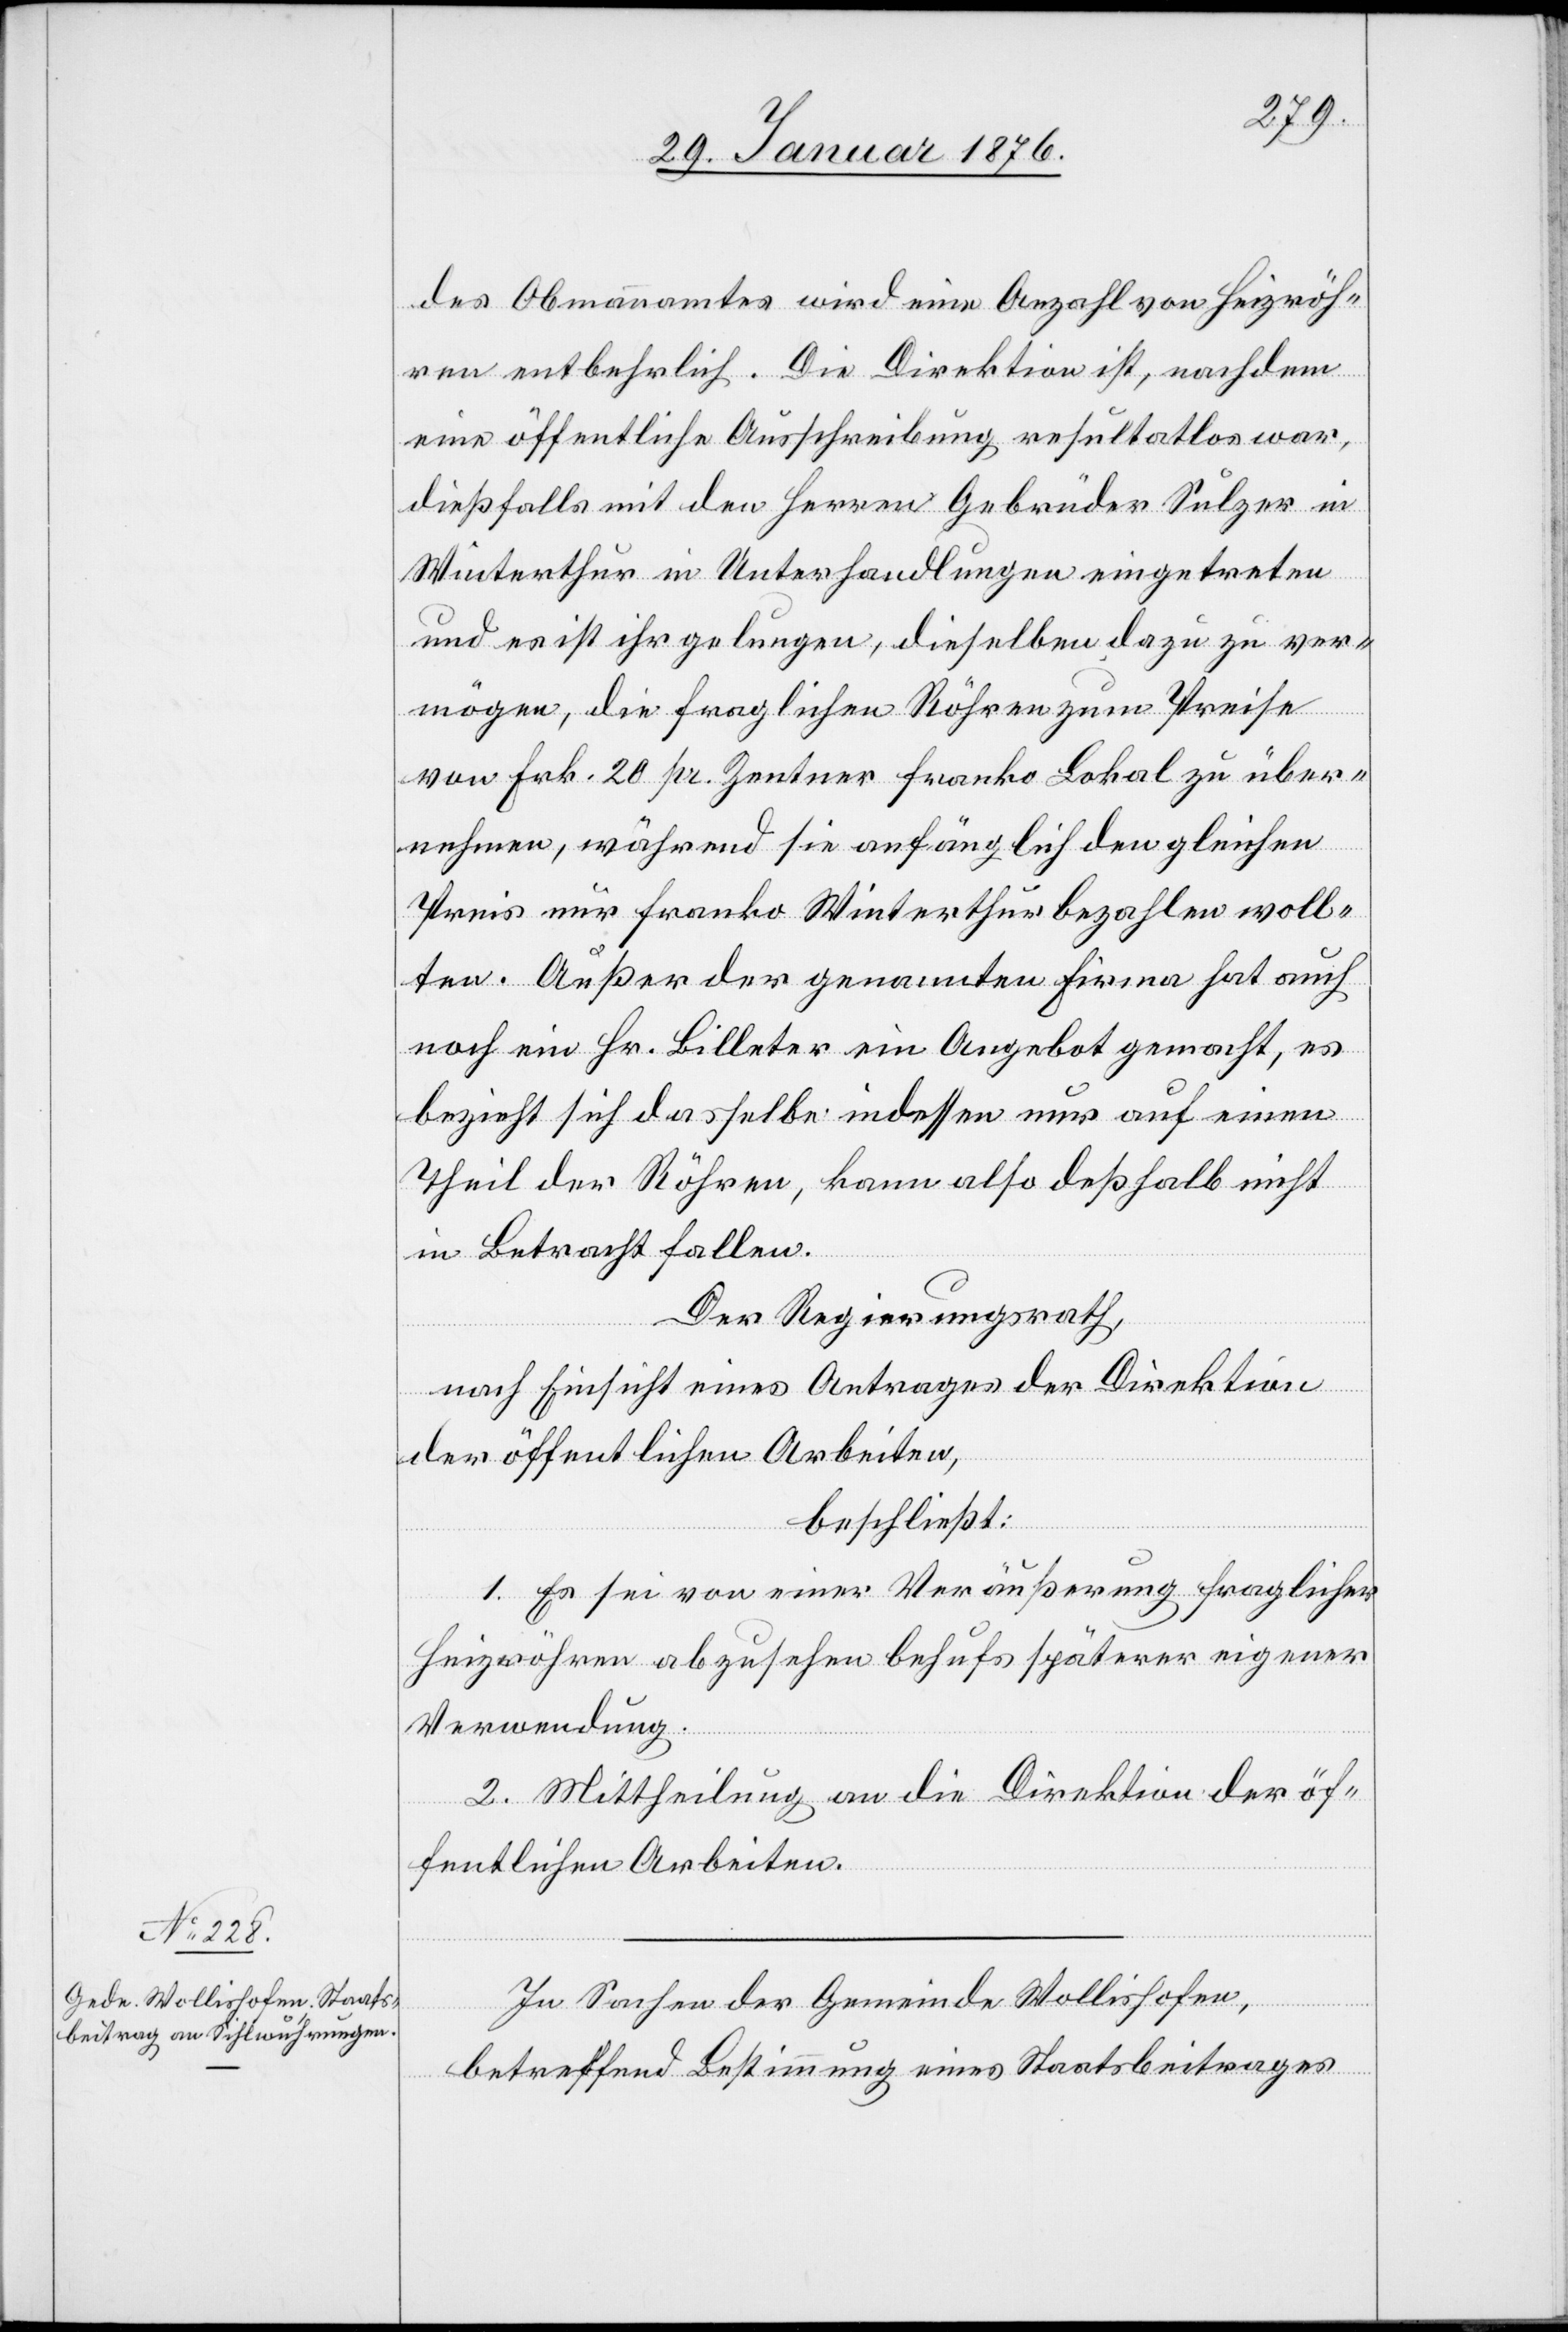
des Obmannamtes wird eine Anzahl von Heizröh¬
ren entbehrlich. Die Direktion ist, nachdem
eine öffentliche Ausschreibung resultatlos war,
dießfalls mit den Herren Gebrüder Sulzer in
Winterthur in Unterhandlung eingetreten
und es ist ihr gelungen, dieselben dazu zu ver¬
mögen, die fraglichen Röhren zum Preise
von Frk. 20 pr. Zentner franko Lokal zu über¬
nehmen, während sie anfänglich den gleichen
Preis nur franko Winterthur bezahlen woll¬
ten. Außer der genannten Firma hat auch
noch ein Hr. Billeter ein Angebot gemacht, es
bezieht sich dasselbe indessen nur auf einen
Theil der Röhren, kann also deßhalb nicht
in Betracht fallen.
Der Regierungsrath,
nach Einsicht eines Antrages der Direktion
der öffentlichen Arbeiten,
beschließt:
1. Es sei von einer Veräußerung fraglicher
Heizröhren abzusehen behufs späterer eigener
Verwendung.
2. Mittheilung an die Direktion der öf¬
fentlichen Arbeiten.
In Sachen der Gemeinde Wollishofen,
betreffend Bestimmung eines Staatsbeitrages